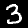
Label: 3